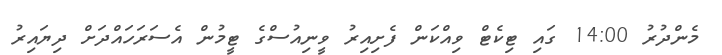
މެންދުރު 14:00 ގައި ޓިކެޓް ވިއްކަން ފެށިއިރު ވީނިއުސްގެ ޓީމުން އެސަރަހައްދަށް ދިޔައިރު